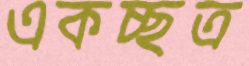
একচ্ছত্র